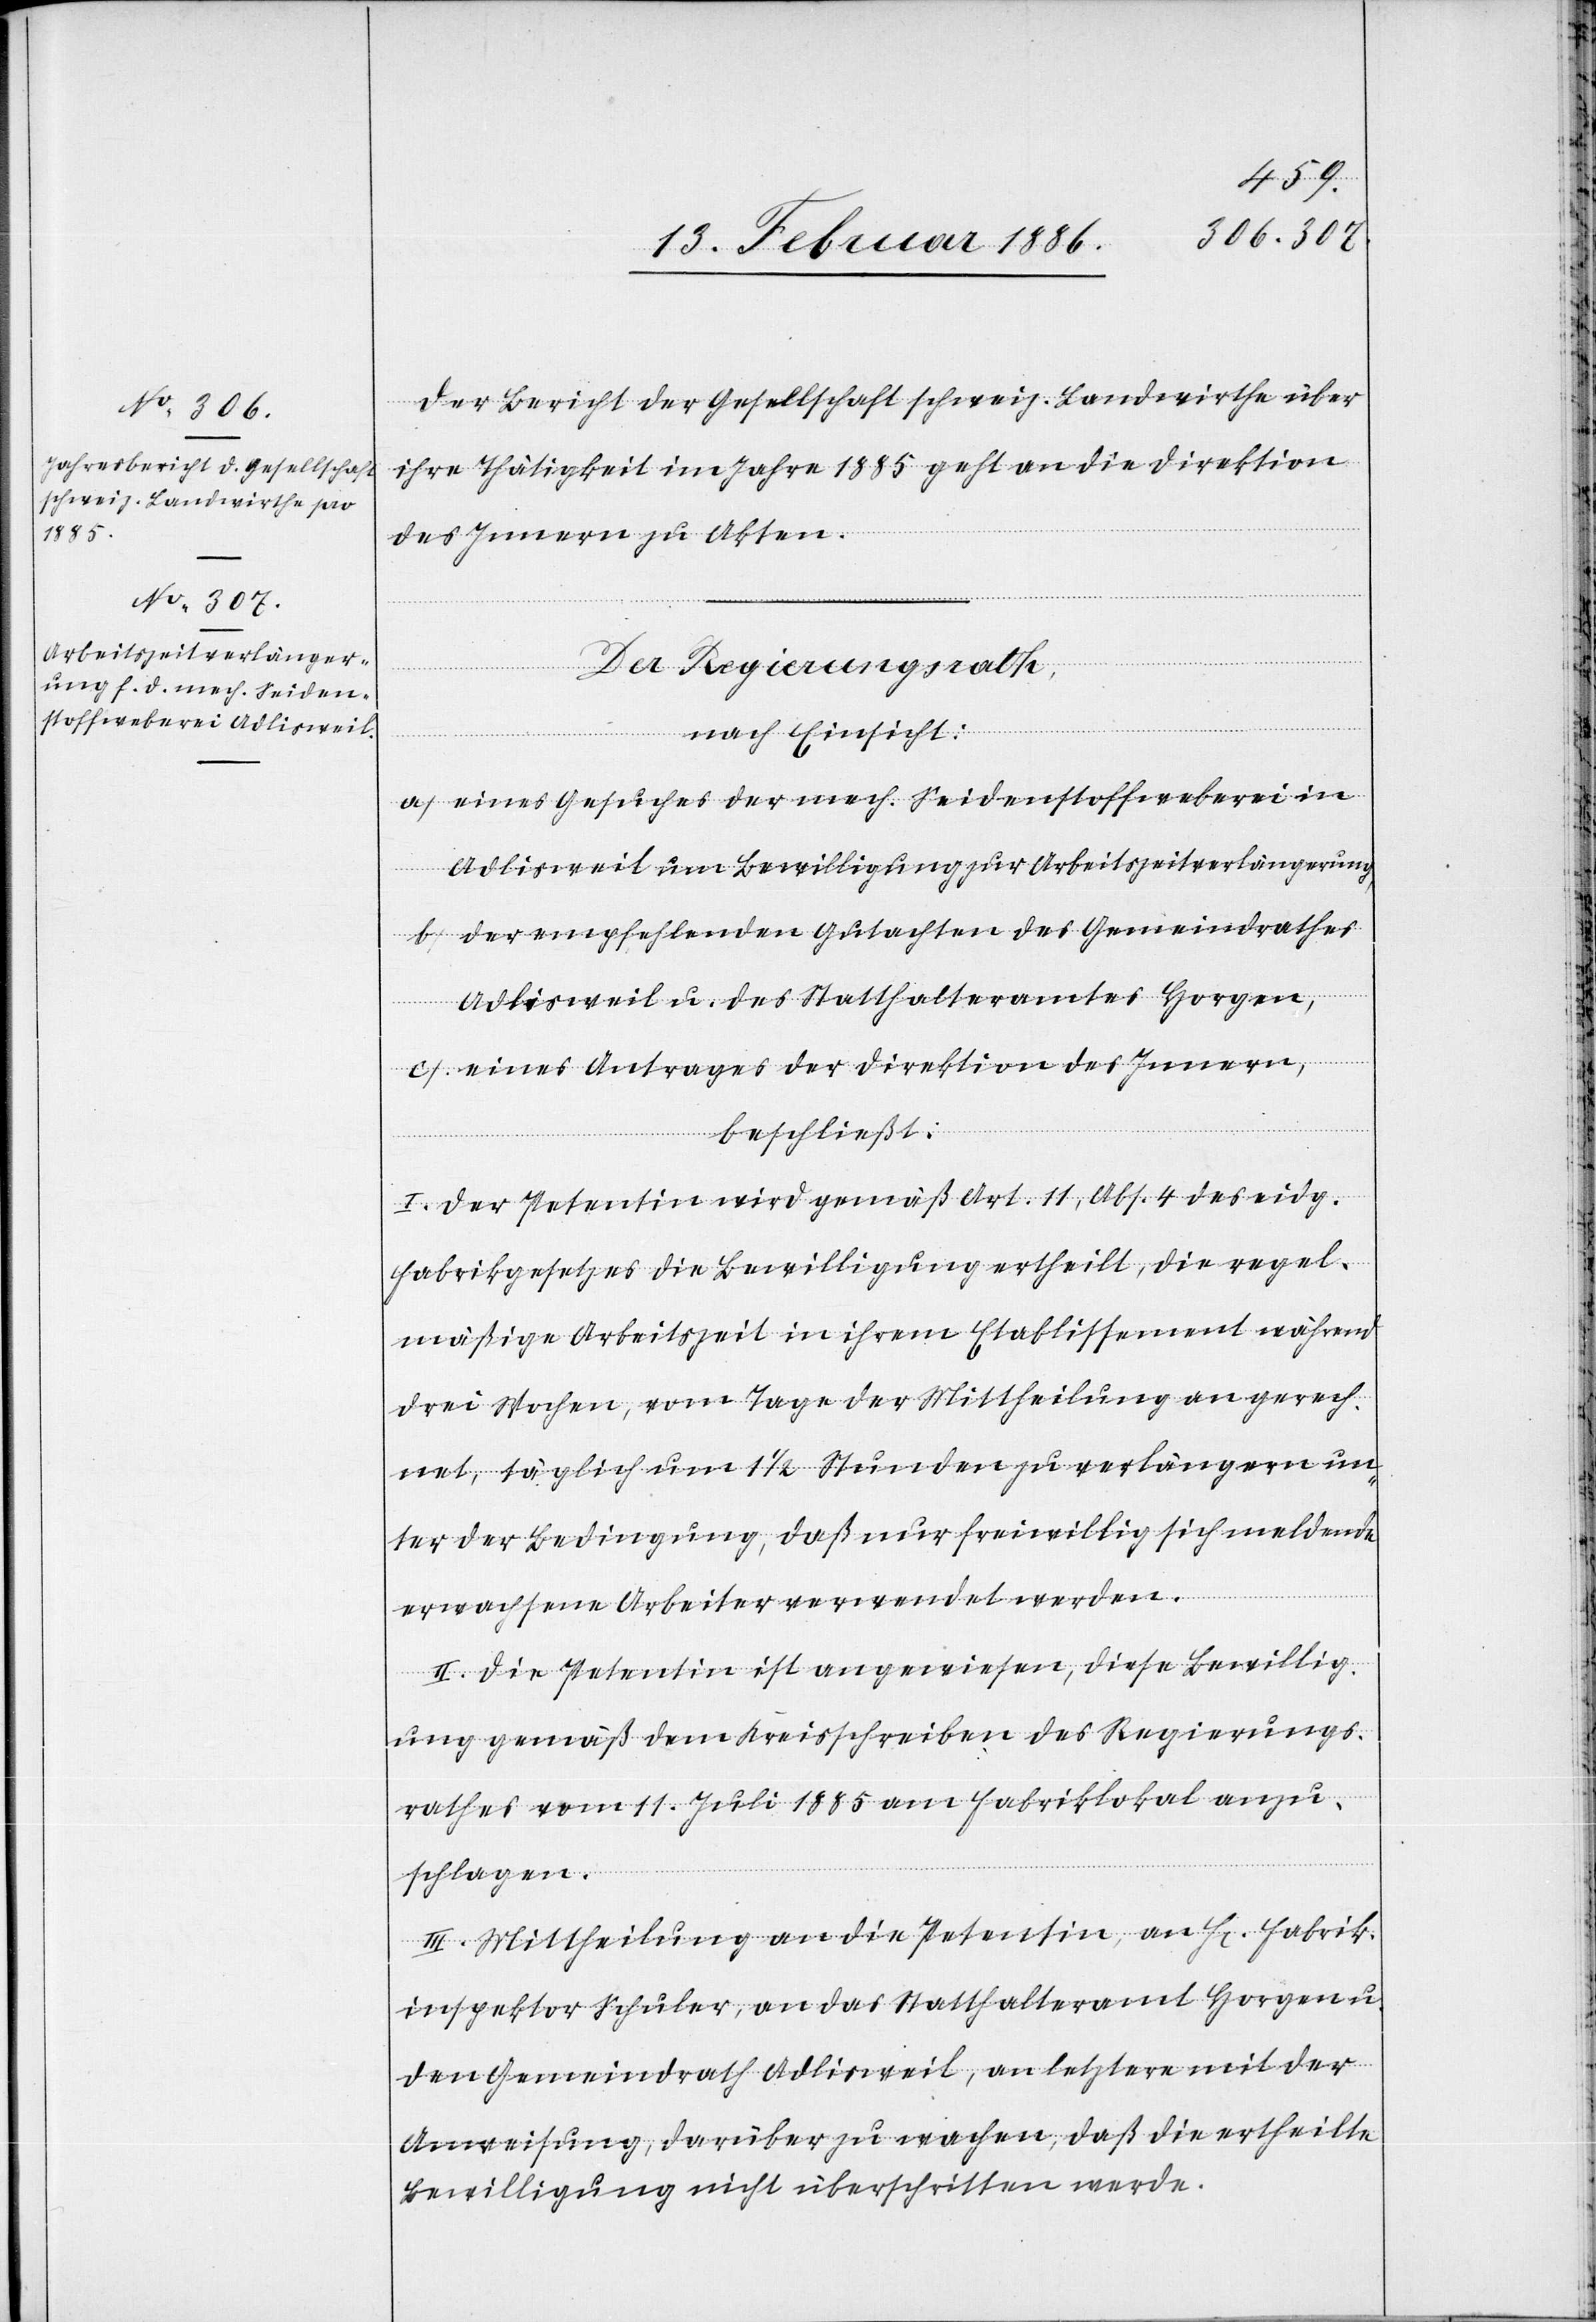
16. Februar 1886.]
Der Bericht der Gesellschaft schweiz. Landwirthe über
ihre Thätigkeit im Jahre 1885 geht an die Direktion
des Innern zu Akten.
Der Regierungsrath,
nach Einsicht:
a) eines Gesuches der mech. Seidenstoffweberei in
Adlisweil um Bewilligung zur Arbeitszeitverlängerung,
b) der empfehlenden Gutachten des Gemeindrathes
Adlisweil u. des Statthalteramtes Horgen,
c) eines Antrages der Direktion des Innern,
beschließt:
I. Der Petentin wird gemäß Art. 11, Abs. 4 des eidg.
Fabrikgesetzes die Bewilligung ertheilt, die regel¬
mäßige Arbeitszeit in ihrem Etablissement während
drei Wochen, vom Tage der Mittheilung an gerech¬
net, täglich um 1 1/2 Stunden zu verlängern un¬
ter der Bedingung, daß nur freiwillig sich meldende
erwachsene Arbeiter verwendet werden.
II. Die Petentin ist angewiesen, diese Bewillig¬
ung gemäß dem Kreisschreiben des Regierungs¬
rathes vom 11. Juli 1885 am Fabriklokal anzu¬
schlagen.
III. Mitteilung an die Petentin, an Hr. Fabrik¬
inspektor Schuler, an das Statthalteramt Horgen u.
den Gemeindrath Adlisweil, an letztere mit der
Anweisung, darüber zu wachen, daß die ertheilte
Bewilligung nicht überschritten werde.